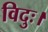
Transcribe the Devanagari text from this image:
विदुः।